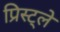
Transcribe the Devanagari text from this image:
प्रिस्ट्ले